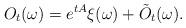
LaTeX: \begin{align*} O_t(\omega) = e^{tA} \xi(\omega) + \tilde{O}_t(\omega) .\end{align*}